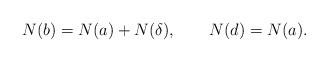
\begin{align*}N(b) = N(a) + N(\delta), \qquad N(d) = N(a). \end{align*}